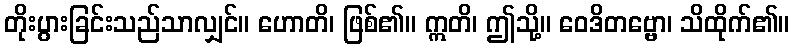
တိုးပွားခြင်းသည်သာလျှင်။ ဟောတိ၊ ဖြစ်၏။ ဣတိ၊ ဤသို့။ ဝေဒိတဗ္ဗော၊ သိထိုက်၏။